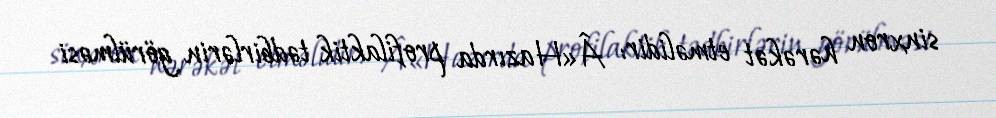
sinxron hərəkət etməlidir: Â«Hazırda profilaktik tədbirlərin görülməsi